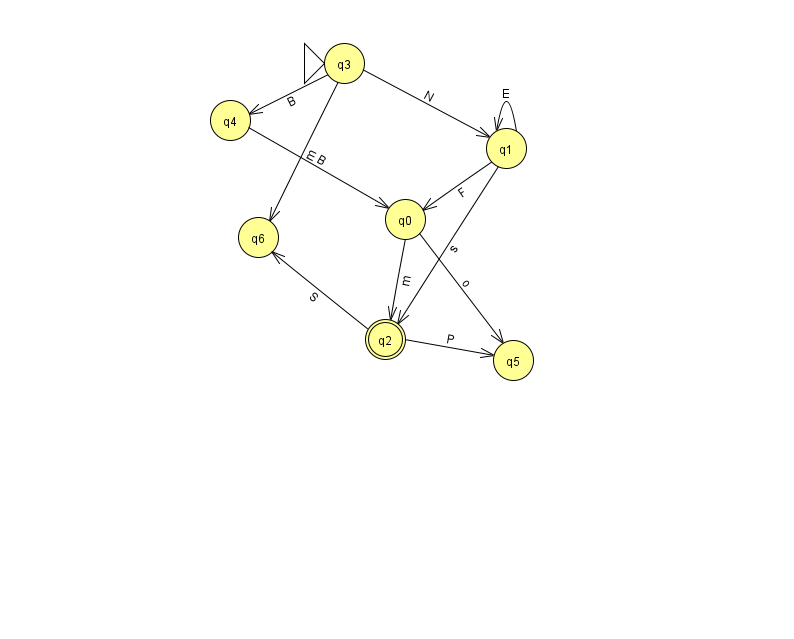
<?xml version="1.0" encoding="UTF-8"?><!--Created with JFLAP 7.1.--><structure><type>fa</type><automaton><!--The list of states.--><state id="0" name="q0"><x>405.0</x><y>206.0</y></state><state id="1" name="q1"><x>506.0</x><y>135.0</y></state><state id="2" name="q2"><x>385.0</x><y>326.0</y><final/></state><state id="3" name="q3"><x>344.0</x><y>50.0</y><initial/></state><state id="4" name="q4"><x>230.0</x><y>107.0</y></state><state id="5" name="q5"><x>513.0</x><y>347.0</y></state><state id="6" name="q6"><x>258.0</x><y>224.0</y></state><!--The list of transitions.--><transition><from>0</from><to>2</to><read>m</read></transition><transition><from>1</from><to>2</to><read>s</read></transition><transition><from>4</from><to>0</to><read>B</read></transition><transition><from>3</from><to>6</to><read>m</read></transition><transition><from>1</from><to>1</to><read>E</read></transition><transition><from>1</from><to>0</to><read>F</read></transition><transition><from>3</from><to>4</to><read>B</read></transition><transition><from>0</from><to>5</to><read>o</read></transition><transition><from>3</from><to>1</to><read>N</read></transition><transition><from>2</from><to>5</to><read>P</read></transition><transition><from>2</from><to>6</to><read>S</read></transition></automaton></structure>